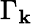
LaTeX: \Gamma_{\mathbf{k}}